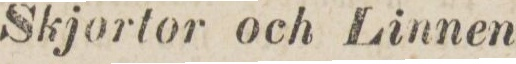
Skjortor och Linnen